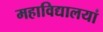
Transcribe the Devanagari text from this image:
महाविद्यालयां